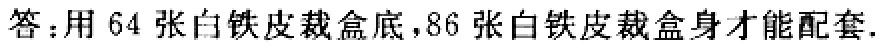
答：用 64 张白铁皮裁盒底，86 张白铁皮裁盒身才能配套.